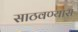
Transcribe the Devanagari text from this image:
साठवण्यास